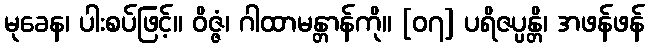
မုခေန၊ ပါးစပ်ဖြင့်။ ဝိဇ္ဇံ၊ ဂါထာမန္တာန်ကို။ [၀၇] ပရိဇပ္ပန္တိ၊ အဖန်ဖန်